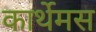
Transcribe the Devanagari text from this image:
कार्थेमस